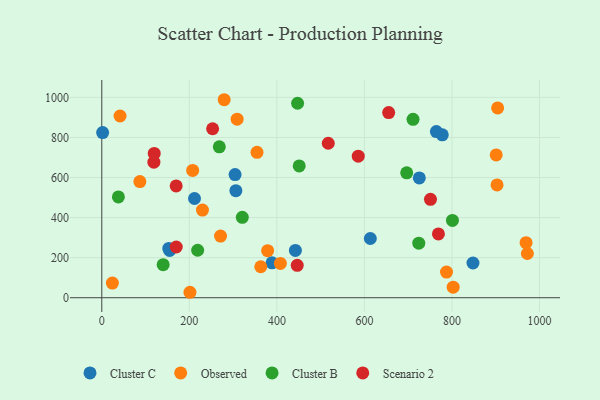
{"axis": {"x": "Engine Size", "y": "Profit"}, "legend": ["Cluster B", "Cluster C", "Observed", "Scenario 2"], "data": [{"x": "725.4", "y": 598.1, "type": "Cluster C"}, {"x": "153.1", "y": 246.0, "type": "Cluster C"}, {"x": "304.5", "y": 615.0, "type": "Cluster C"}, {"x": "388.9", "y": 174.4, "type": "Cluster C"}, {"x": "211.8", "y": 495.4, "type": "Cluster C"}, {"x": "1.9", "y": 824.3, "type": "Cluster C"}, {"x": "442.3", "y": 236.1, "type": "Cluster C"}, {"x": "613.5", "y": 295.6, "type": "Cluster C"}, {"x": "155.0", "y": 236.3, "type": "Cluster C"}, {"x": "306.3", "y": 534.2, "type": "Cluster C"}, {"x": "777.9", "y": 813.0, "type": "Cluster C"}, {"x": "848.0", "y": 173.4, "type": "Cluster C"}, {"x": "764.4", "y": 829.6, "type": "Cluster C"}, {"x": "271.3", "y": 307.9, "type": "Observed"}, {"x": "901.1", "y": 712.8, "type": "Observed"}, {"x": "354.6", "y": 725.9, "type": "Observed"}, {"x": "363.2", "y": 154.7, "type": "Observed"}, {"x": "309.2", "y": 891.5, "type": "Observed"}, {"x": "972.3", "y": 220.7, "type": "Observed"}, {"x": "904.4", "y": 947.6, "type": "Observed"}, {"x": "201.4", "y": 27.2, "type": "Observed"}, {"x": "230.0", "y": 437.3, "type": "Observed"}, {"x": "24.2", "y": 73.3, "type": "Observed"}, {"x": "903.0", "y": 563.3, "type": "Observed"}, {"x": "41.7", "y": 907.2, "type": "Observed"}, {"x": "969.3", "y": 275.0, "type": "Observed"}, {"x": "802.8", "y": 52.5, "type": "Observed"}, {"x": "787.5", "y": 128.0, "type": "Observed"}, {"x": "378.9", "y": 235.0, "type": "Observed"}, {"x": "87.0", "y": 579.8, "type": "Observed"}, {"x": "408.0", "y": 171.3, "type": "Observed"}, {"x": "279.6", "y": 988.4, "type": "Observed"}, {"x": "207.6", "y": 635.6, "type": "Observed"}, {"x": "321.0", "y": 401.4, "type": "Cluster B"}, {"x": "268.5", "y": 753.5, "type": "Cluster B"}, {"x": "219.0", "y": 236.9, "type": "Cluster B"}, {"x": "696.6", "y": 623.4, "type": "Cluster B"}, {"x": "37.9", "y": 503.2, "type": "Cluster B"}, {"x": "724.2", "y": 272.2, "type": "Cluster B"}, {"x": "801.1", "y": 385.8, "type": "Cluster B"}, {"x": "451.0", "y": 658.0, "type": "Cluster B"}, {"x": "447.3", "y": 970.9, "type": "Cluster B"}, {"x": "140.2", "y": 165.2, "type": "Cluster B"}, {"x": "711.1", "y": 890.6, "type": "Cluster B"}, {"x": "585.9", "y": 706.6, "type": "Scenario 2"}, {"x": "517.4", "y": 771.2, "type": "Scenario 2"}, {"x": "750.9", "y": 491.3, "type": "Scenario 2"}, {"x": "169.9", "y": 558.1, "type": "Scenario 2"}, {"x": "446.5", "y": 161.9, "type": "Scenario 2"}, {"x": "170.1", "y": 253.1, "type": "Scenario 2"}, {"x": "119.0", "y": 676.8, "type": "Scenario 2"}, {"x": "655.4", "y": 924.4, "type": "Scenario 2"}, {"x": "119.8", "y": 720.5, "type": "Scenario 2"}, {"x": "769.1", "y": 318.3, "type": "Scenario 2"}, {"x": "253.2", "y": 843.5, "type": "Scenario 2"}]}